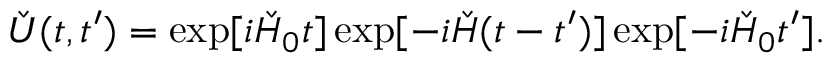
\check { U } ( t , t ^ { \prime } ) = \exp [ i \check { H } _ { 0 } t ] \exp [ - i \check { H } ( t - t ^ { \prime } ) ] \exp [ - i \check { H } _ { 0 } t ^ { \prime } ] .